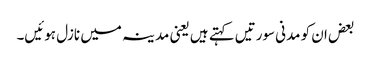
بعض ان کو مدنی سورتیں کہتے ہیں یعنی مدینہ میں نازل ہوئیں۔